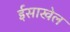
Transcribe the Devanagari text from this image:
ईसाखेल